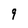
Character: 9